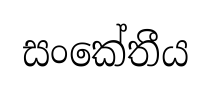
සංකේතීය